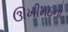
ઊખીમઠનો